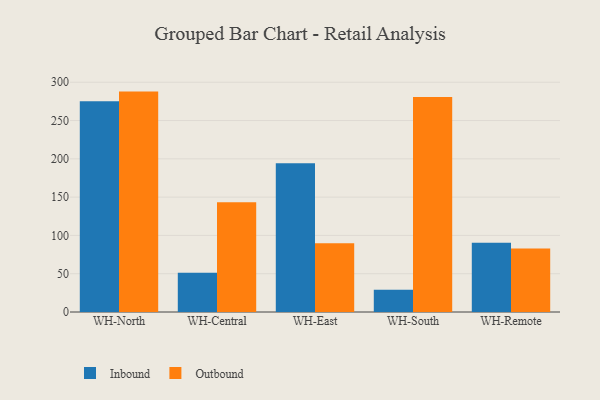
{"axis": {"x": "Warehouse", "y": "Bounce Rate (%)"}, "legend": ["Inbound", "Outbound"], "data": [{"x": "WH-North", "y": 275.3, "type": "Inbound"}, {"x": "WH-North", "y": 287.8, "type": "Outbound"}, {"x": "WH-Central", "y": 51.1, "type": "Inbound"}, {"x": "WH-Central", "y": 143.3, "type": "Outbound"}, {"x": "WH-East", "y": 194.2, "type": "Inbound"}, {"x": "WH-East", "y": 89.8, "type": "Outbound"}, {"x": "WH-South", "y": 29.0, "type": "Inbound"}, {"x": "WH-South", "y": 280.6, "type": "Outbound"}, {"x": "WH-Remote", "y": 90.3, "type": "Inbound"}, {"x": "WH-Remote", "y": 82.9, "type": "Outbound"}]}